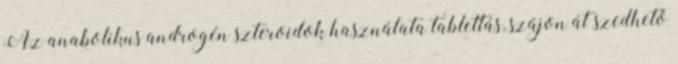
Az anabolikus androgén szteroidok használata tablettás, szájon át szedhető